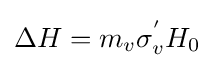
\Delta H=m_{v}{\sigma _{v}^{'}}H_{0}